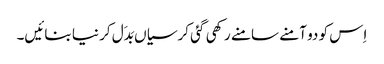
اِس کو دو آمنے سامنے رکھی گئی کرسیاں بَدَل کر نیا بنائیں۔